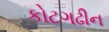
કોટગઢીન